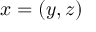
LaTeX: x = \left( y , z \right)